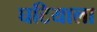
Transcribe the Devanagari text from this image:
घटियाला